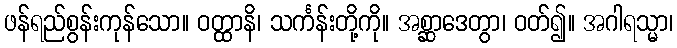
ဖန်ရည်စွန်းကုန်သော။ ဝတ္ထာနိ၊ သင်္ကန်းတို့ကို။ အစ္ဆာဒေတွာ၊ ဝတ်၍။ အဂါရသ္မာ၊